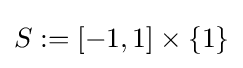
S:=[-1,1]\times \{1\}